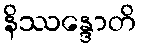
နိဿန္ဒောတိ